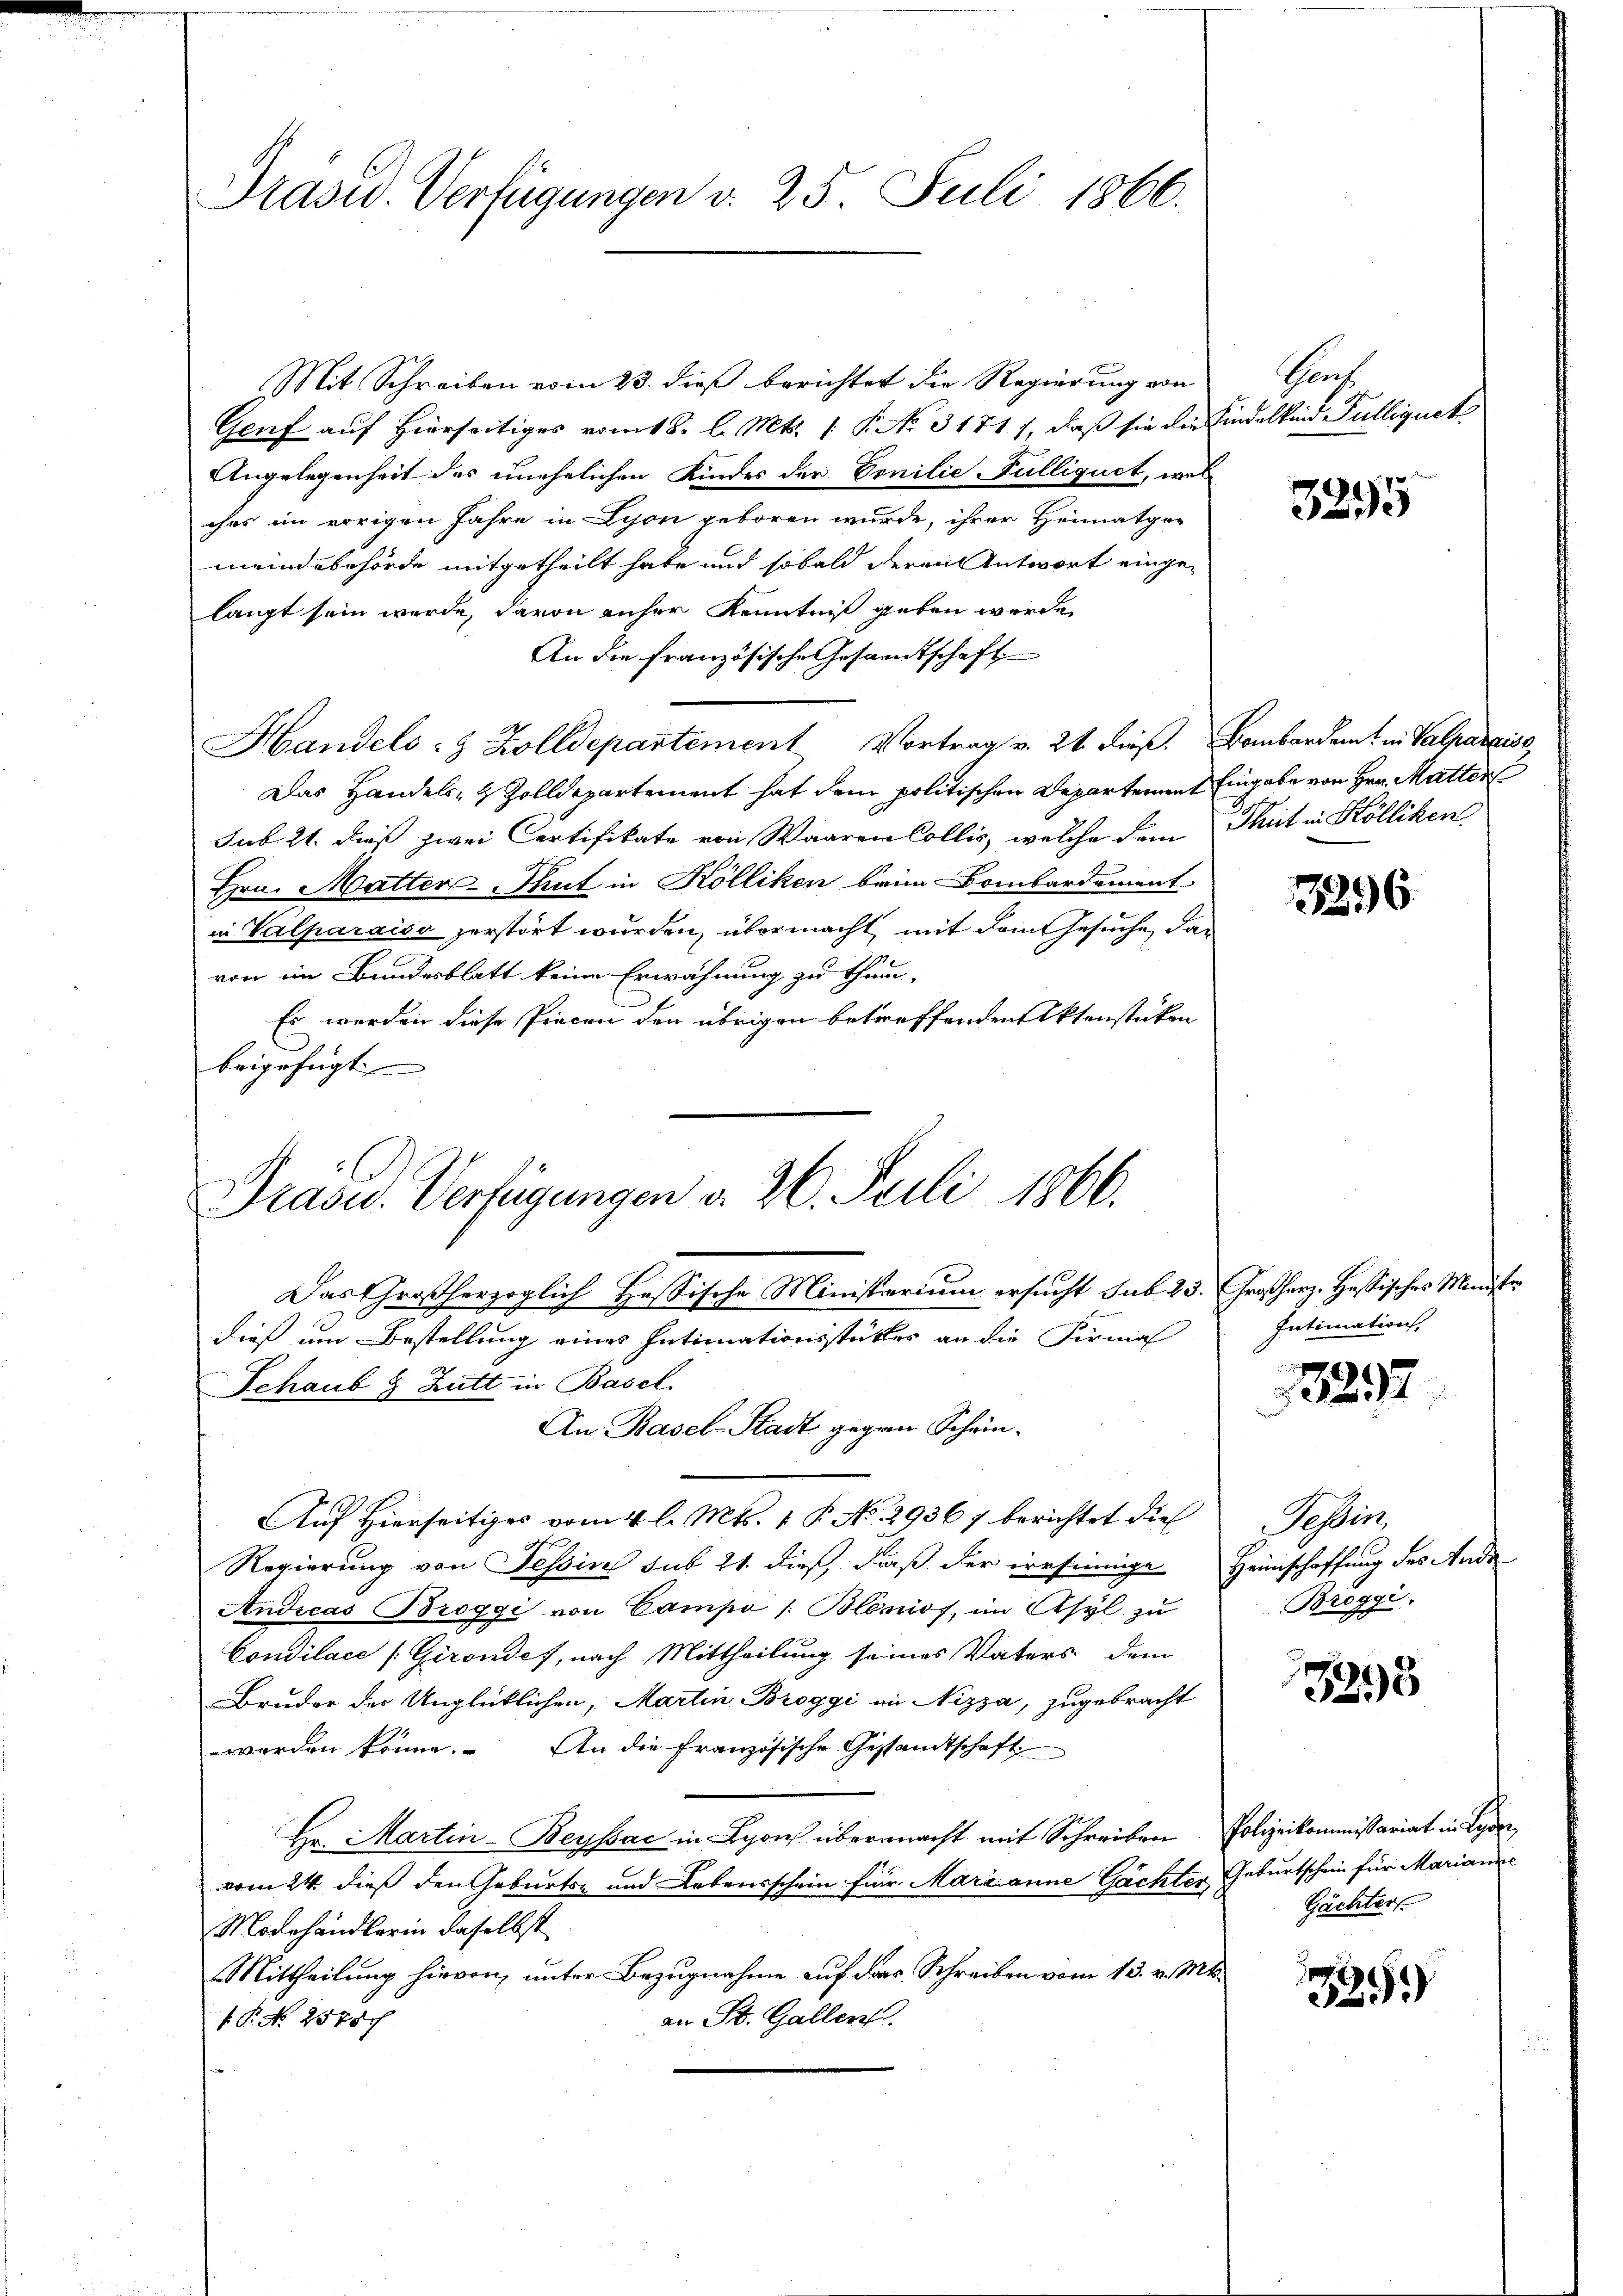
Präsid. Verfügungen d. 25. Juli 1866.

Mit Schreiben vom 23. dieß berichtet die Regierung von
Genf auf Hierseitiges vom 18. l. Mts. 1. P. No. 31717, daß sie die Findeltend Sulliquet
Angelegenheit des unehelichen Kindes der Conilie Fulliquet, wel
ches im errigen Jahre in Lyon geboren wurde, ihrer Heimatge-
meindebehörde mitgetheilt habe und sobald deren Antwort eingelangt sein werde, davon anher Kenntniß geben werde
An die französische Gesammtschaft
Handels- & Zolldepartement Vortrag v. 21 dieß. Bombardamt in Valparaiso
Das Handels- & Zolldepartement hat dem politischen Departement Eingabe von Hrn. Mutter
Sub. 21. dieß zwei Certifikate von Waaren Collis, welche dem Thut in Kölliken
Hrn. Matter Thut in Kölliken beim Dombardament
in Valparaiso zerstört wurden, übermacht, mit dem Gesuche, das
von im Bundesblatt keine Erwähnung zu thun-
Es werden diese Piecen den übrigen betreffenden Aktenstüken
beigefügt

Präsid.. Verfügungen d. 26. Juli 1866.
Das Großherzoglich Hessische Ministerium ersucht sub 23. Großherz. Hassisches Minister

dieß um Bestellung eines Intimationsstüktes an die Firma
Schaub & Zutt in Basel.
An. Basel-Stadt gegen Schein¬
Auf Hierseitiges vom 4 l. Mts. 1 P. No. 29367 berichtet die
Regierung von Tessin sub 21. dieß, daß der irrsinnige Heimschaffung des Ande
Andicas Broggi von Campe /: Blenios, im Asyl zu
Condilace [Grondes, nach Mittheilung seines Vaters dem
Bruder der Unglücklichen, Martin Broggi an Nizza, zugebracht
werden könne. An die französische Gesandtschaft
Hr. Martin-Beysac in Lyon übermacht mit Schreiben Polizeikommissariat in Lyser,
vom 24. dieß den Geburts- und Lebensschein für Marianne Gächter, Geburtschein für Marianne
Modehändlerin daselbst
Mittheilung hievon, unter Bezugnahme auf das Schreiben vom 13. v. Mts.
an St. Gallen.
1 No 25 Juch

Prof.

3295

3296

Intimation

e
1323

Tessin,
Bröggi.

3295

Gächter

25